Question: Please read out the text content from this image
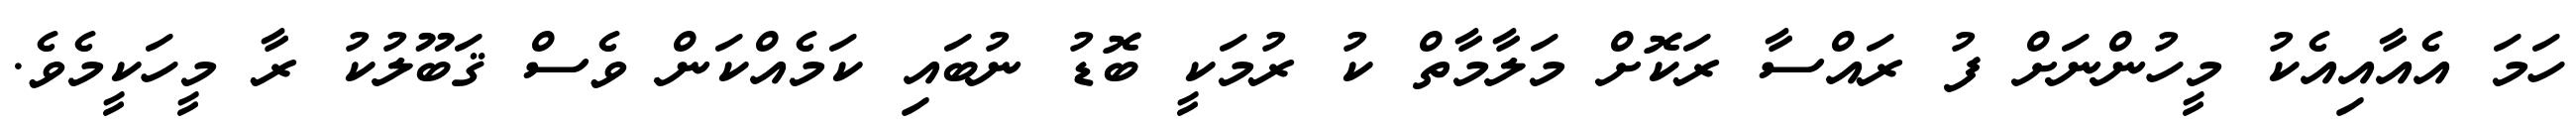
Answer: ހަމަ އެއާއިއެކު މީހުންނަށް ފު ރައްސާ ރަކޮށް މަލާމާތް ކު ރުމަކީ ބޮޑު ނުބައި ކަމެއްކަން ވެސް ޤަބޫލުކު ރާ މީހަކީމެވެ.